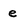
Character: e